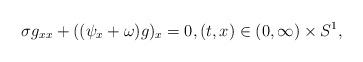
LaTeX: \begin{align*}\sigma g_{xx} + ((\psi_x + \omega) g)_x = 0, (t, x) \in (0, \infty) \times S^1,\end{align*}